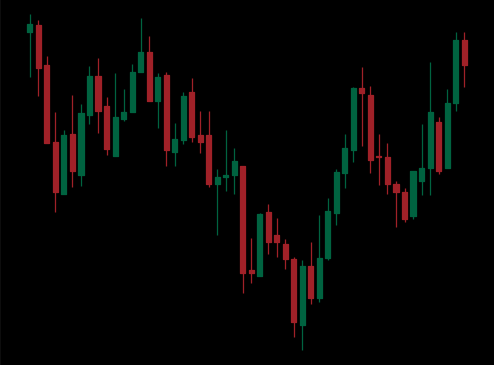
Pattern: inverse_head_shoulders